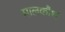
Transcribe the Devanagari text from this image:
मालकौश